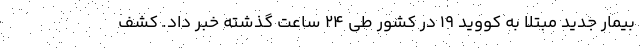
بیمار جدید مبتلا به کووید ۱۹ در کشور طی ۲۴ ساعت گذشته خبر داد. کشف